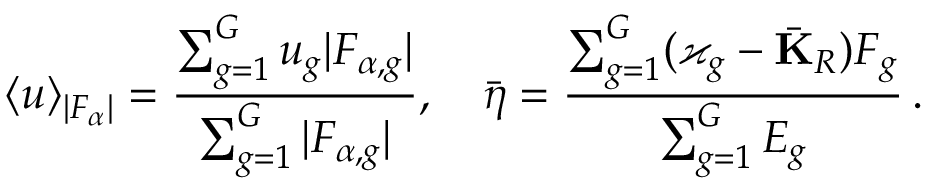
\langle u \rangle _ { | F _ { \alpha } | } = \frac { \sum _ { g = 1 } ^ { G } u _ { g } | F _ { \alpha , g } | } { \sum _ { g = 1 } ^ { G } | F _ { \alpha , g } | } , \quad \bar { \boldsymbol { \eta } } = \frac { \sum _ { g = 1 } ^ { G } ( \varkappa _ { g } - \bar { \mathbf { K } } _ { R } ) \boldsymbol { F } _ { g } } { \sum _ { g = 1 } ^ { G } E _ { g } } \, .